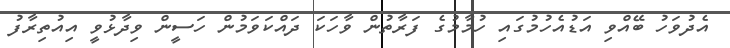
އެދުވަހު ބޭއްވި އަޑުއެހުމުގައި ހުމާމުގެ ފަރާތުން ވާހަކަ ދައްކަވަމުން ހަސީން ވިދާޅުވީ އިއުތިރާފު